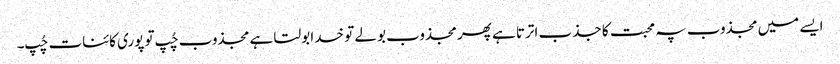
ایسے میں مجذوب پہ محبت کا جذب اترتا ہے پھر مجذوب بولے تو خدا بولتا ہے مجذوب چُپ تو پوری کائنات چُپ۔